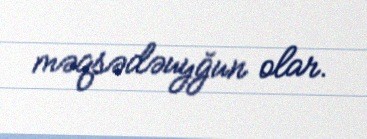
məqsədəuyğun olar.